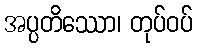
အပ္ပတိဿော၊ တုပ်ဝပ်